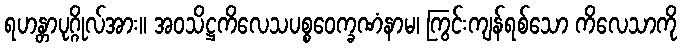
ရဟန္တာပုဂ္ဂိုလ်အား။ အဝသိဋ္ဌကိလေသပစ္စဝေက္ခဏံနာမ၊ ကြွင်းကျန်ရစ်သော ကိလေသာကို